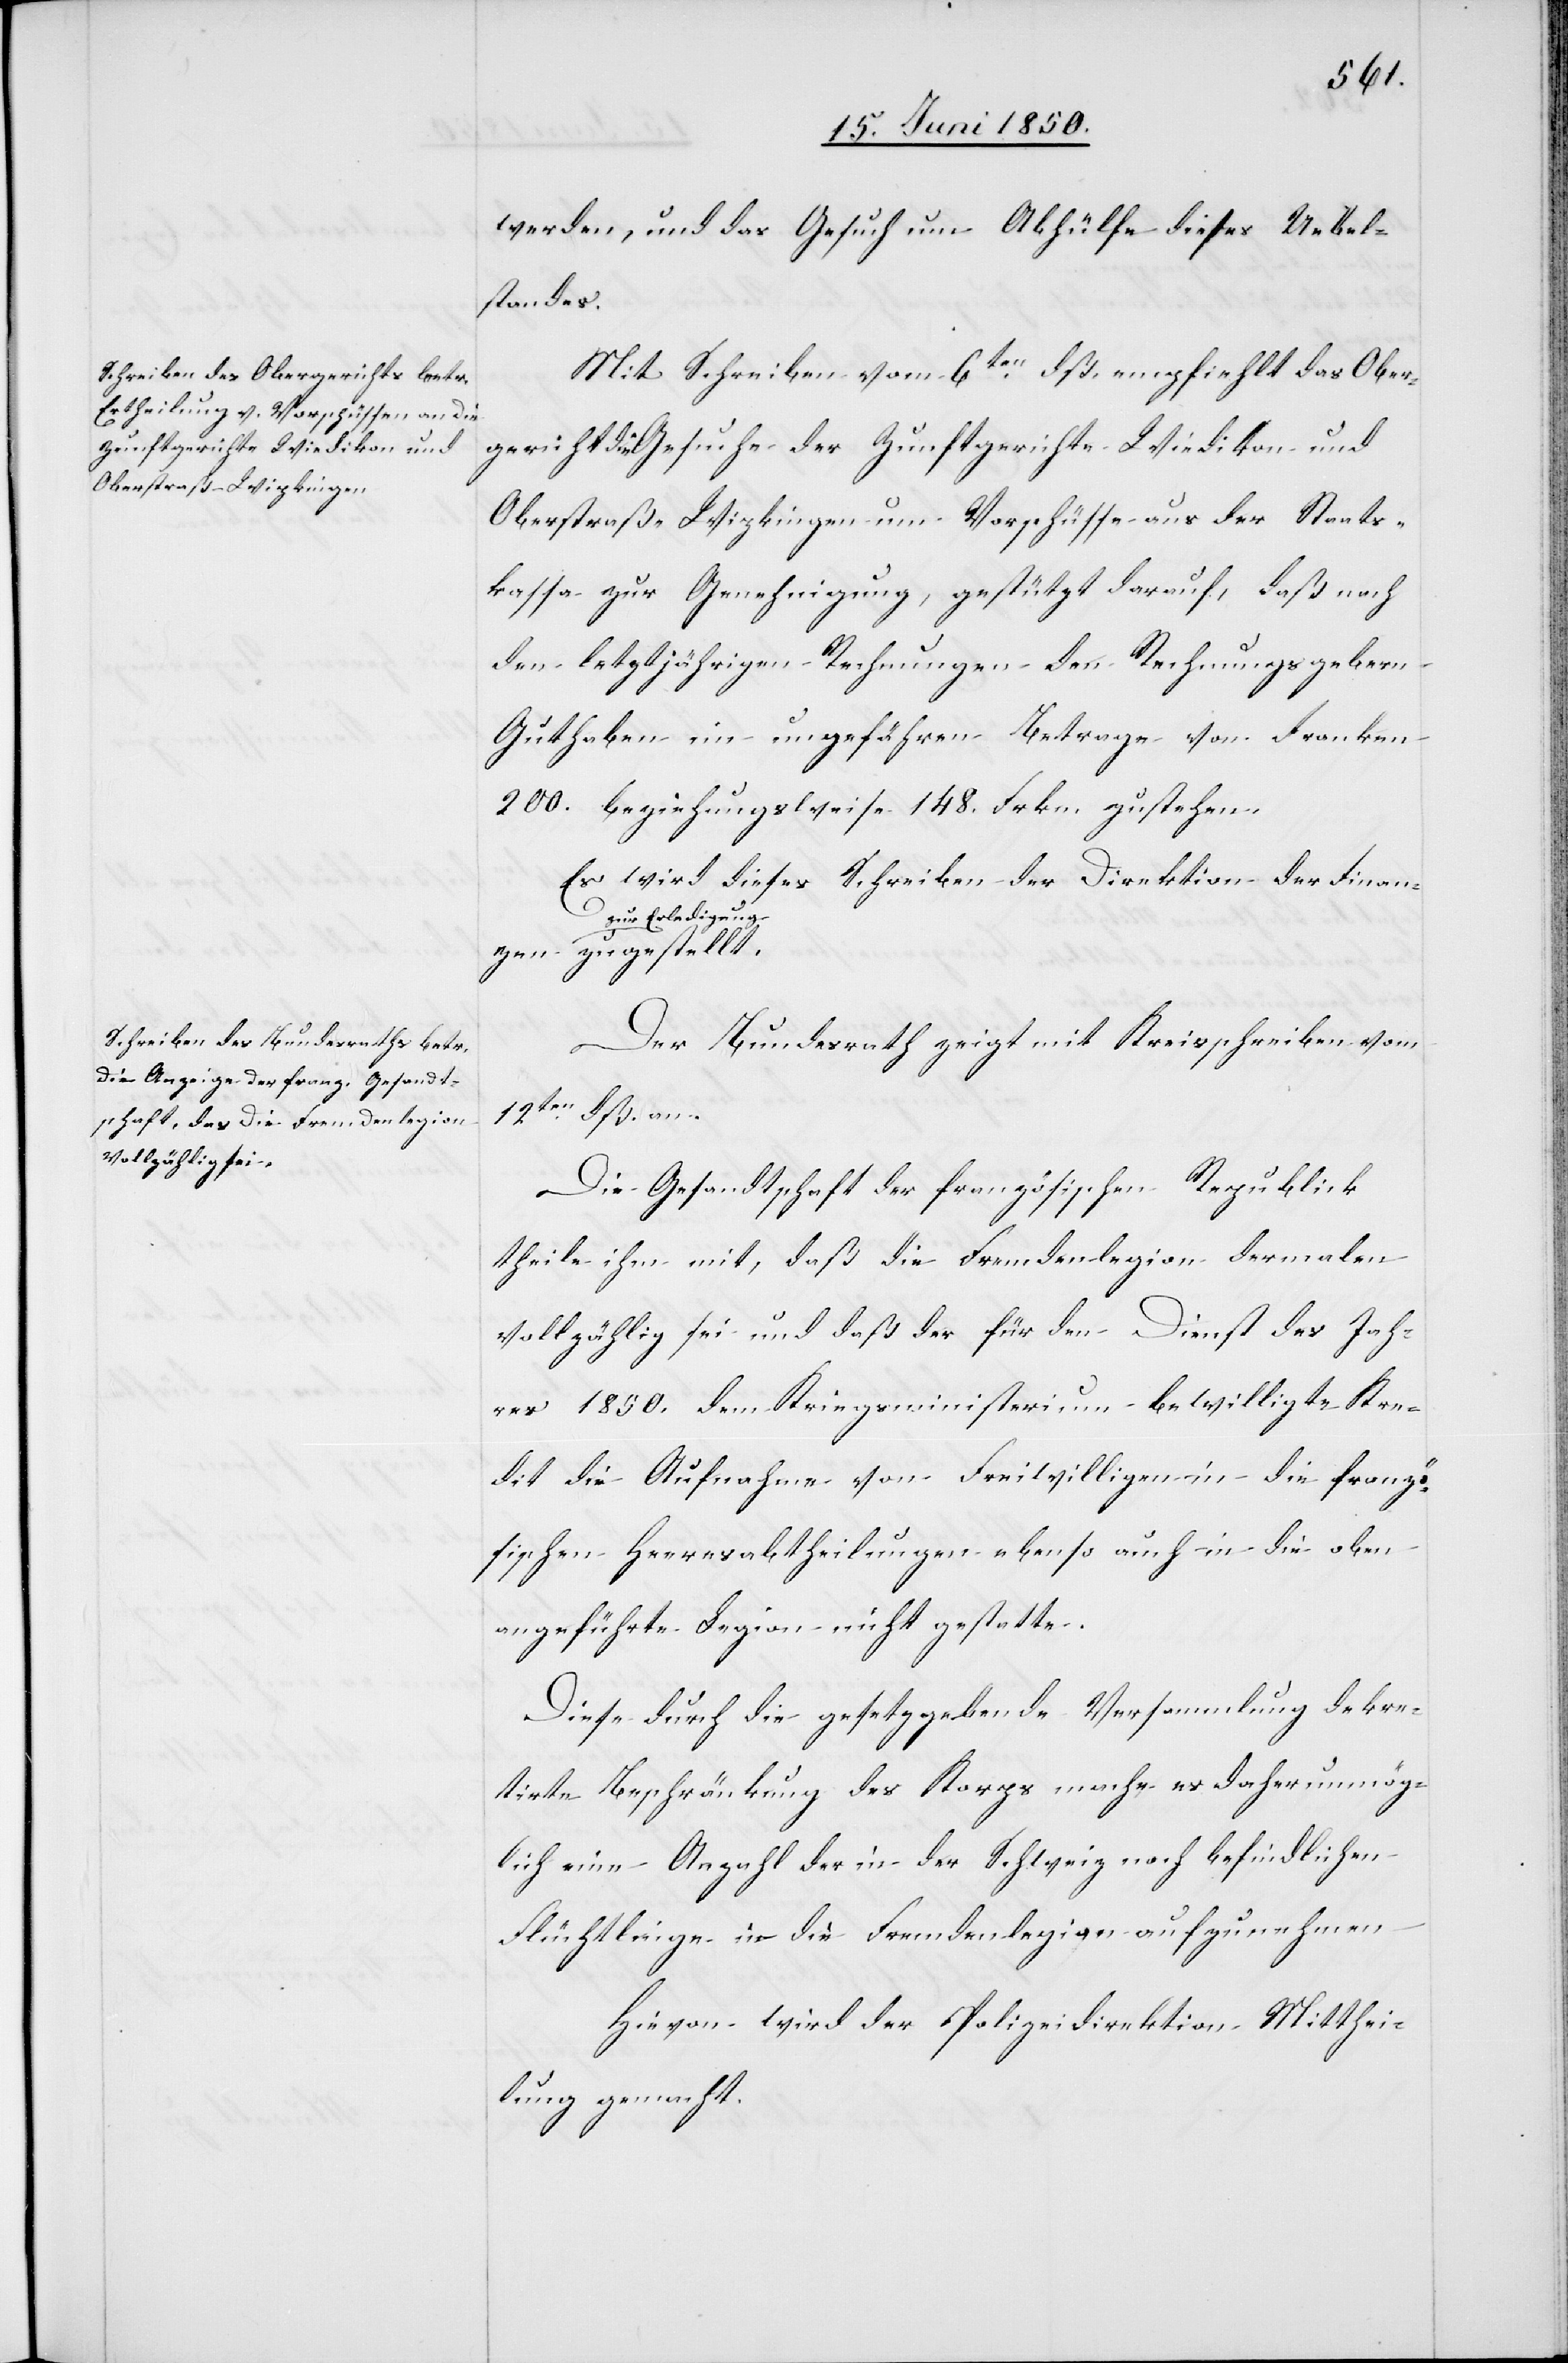
werden, und das Gesuch um Abhülfe dieses Uebel¬
standes.
Mit Schreiben vom 6ten dß. empfiehlt das Ober¬
gericht die Gesuche der Zunftgerichte Wiedikon und
Oberstraß-Wipkingen um Vorschüsse aus der Staats¬
kassa zur Genehmigung, gestützt darauf, daß nach
den letztjährigen Rechnungen den Rechnungsgebern
Guthaben im ungefähren Betrage von Franken
200. beziehungswiese 148. Frkn. zustehen.
Es wird dieses Schreiben der Direktion der Finanzen
zur Erledigun¬
g zugestellt.
Der Bundesrath zeigt mit Kreisschreiben vom
12ten dß. an.
Die Gesandtschaft der französischen Republick
theile ihm mit, daß die Fremdenlegion dermalen
vollzählig sei und daß der für den Dienst des Jah¬
res 1850. dem Kriegsministerium bewilligte Kre¬
dit die Aufnahme von Freiwilligen in die franzö¬
sischen Heeresabtheilungen ebenso auch in die oben
angeführte Legion nicht gestatte.
Diese durch die gesetzgebende Versammlung dekre¬
tirte Beschränkung des Korps mache es daher unmög¬
lich eine Anzahl der in der Schweiz noch befindlichen
Flüchtlinge in die Fremdenlegion aufzunehmen.
Hievon wird der Polizeidirektion Mitthei¬
lung gemacht.